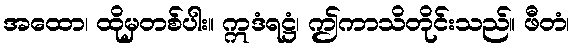
အထော၊ ထိုမှတစ်ပါး။ ဣဒံရဋ္ဌံ၊ ဤကာသိတိုင်းသည်။ ဖီတံ၊